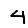
Digit: 4